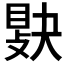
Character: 𢾔